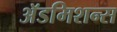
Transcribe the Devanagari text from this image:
अॅडमिशन्स